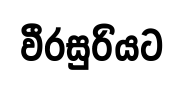
වීරසුරියට